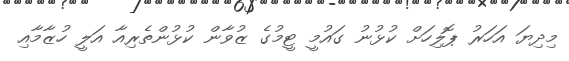
މިދިޔަ އަހަރު ޕޮލިހަށް ކުޅުނު ގައުމީ ޓީމުގެ ޒުވާން ކުޅުންތެރިއާ އަލީ ހުޒާމާއި